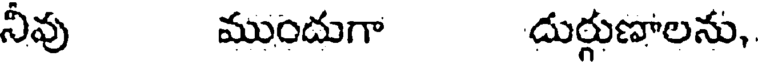
నీవు ముందుగా దుర్గుణాలను,